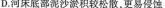
D.河床底部泥沙淤积较松散，更易侵蚀